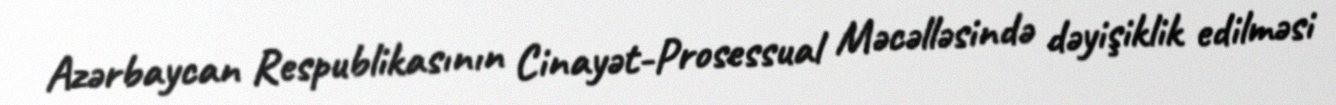
Azərbaycan Respublikasının Cinayət-Prosessual Məcəlləsində dəyişiklik edilməsi